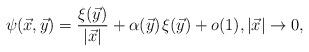
LaTeX: \begin{align*} \psi(\vec{x},\vec{y})=\frac{\xi(\vec{y})}{\lvert\vec{x}\rvert}+\alpha(\vec{y})\mspace{1.5mu}\xi(\vec{y})+o(1),\lvert\vec{x}\rvert\rightarrow 0,\end{align*}